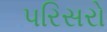
પરિસરો